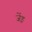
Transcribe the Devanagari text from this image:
जेंइ